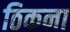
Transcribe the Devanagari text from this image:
ठिकना